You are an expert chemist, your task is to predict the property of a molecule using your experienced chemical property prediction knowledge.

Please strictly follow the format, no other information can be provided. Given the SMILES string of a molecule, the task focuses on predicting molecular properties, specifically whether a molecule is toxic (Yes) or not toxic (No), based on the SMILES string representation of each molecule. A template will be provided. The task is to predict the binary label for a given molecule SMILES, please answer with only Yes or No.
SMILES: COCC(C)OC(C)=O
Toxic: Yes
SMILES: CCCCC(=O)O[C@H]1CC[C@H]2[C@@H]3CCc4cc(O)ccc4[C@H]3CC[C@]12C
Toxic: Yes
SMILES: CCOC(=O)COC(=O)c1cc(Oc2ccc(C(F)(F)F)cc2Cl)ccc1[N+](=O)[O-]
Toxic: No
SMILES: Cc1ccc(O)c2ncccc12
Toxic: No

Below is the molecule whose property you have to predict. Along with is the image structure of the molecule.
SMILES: CC[N+](C)(C)Cc1ccccc1Br
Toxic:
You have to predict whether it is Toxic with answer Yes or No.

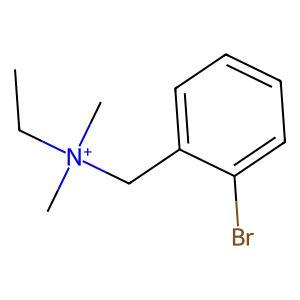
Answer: No